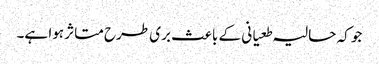
جو کہ حالیہ طعیانی کے باعث بری طرح متاثر ہوا ہے۔